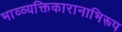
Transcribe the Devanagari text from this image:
भाव्व्यक्तिकारानाभिरूप